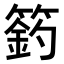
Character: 𥲟